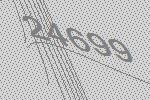
24699